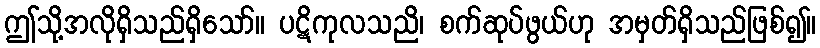
ဤသို့အလိုရှိသည်ရှိသော်။ ပဋိကုလသညိ၊ စက်ဆုပ်ဖွယ်ဟု အမှတ်ရှိသည်ဖြစ်၍။